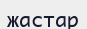
жастар